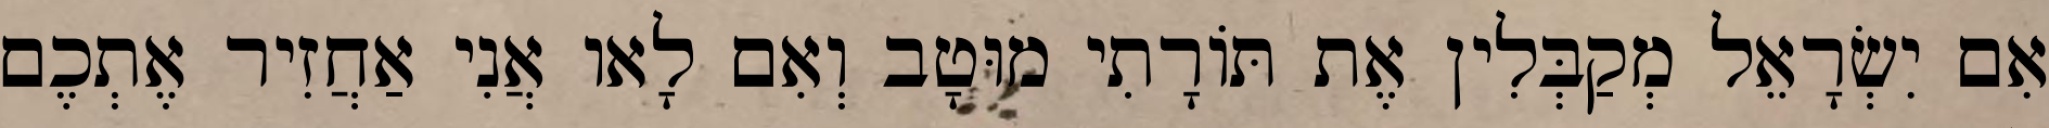
אִם יִשְׂרָאֵל מְקַבְּלִין אֶת תּוֹרָתִי מוּטָב וְאִם לָאו אֲנִי אַחֲזִיר אֶתְכֶם